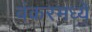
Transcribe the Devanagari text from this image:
बंकरमध्ये